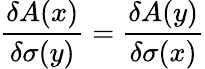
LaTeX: \frac{\delta A(x)}{\delta\sigma(y)}=\frac{\delta A(y)}{\delta\sigma(x)}